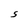
Character: S